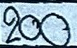
200